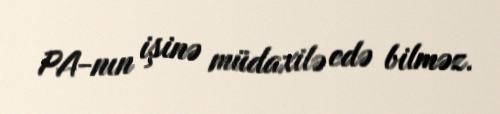
PA-nın işinə müdaxilə edə bilməz.